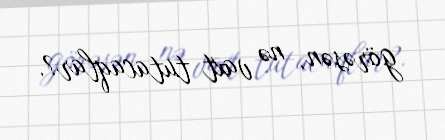
görəsən, nə vaxt tutacaqlar?.